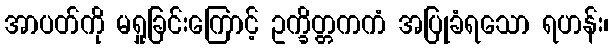
အာပတ်ကို မရှုခြင်းကြောင့် ဥက္ခိတ္တကကံ အပြုခံရသော ရဟန်း၊